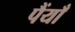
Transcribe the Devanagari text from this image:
पैंयाँ